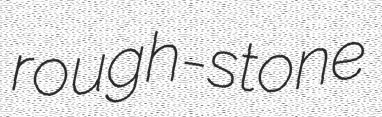
rough-stone